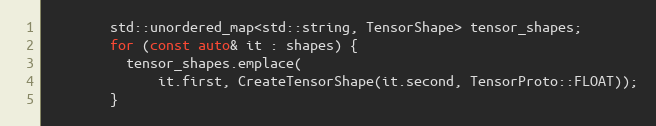
Language: C++
        std::unordered_map<std::string, TensorShape> tensor_shapes;
        for (const auto& it : shapes) {
          tensor_shapes.emplace(
              it.first, CreateTensorShape(it.second, TensorProto::FLOAT));
        }